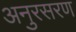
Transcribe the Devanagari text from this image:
अनुरसरण